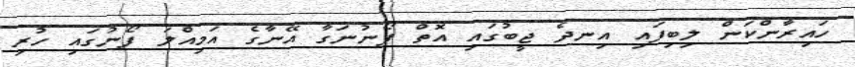
ހައިރާންކަން ލިބިފައި އިނދެ ޖީބުގައި އޮތް ފޯނުނަގާ އޭނާގެ އަމިއްލަ ފޯނުގައި ހުރި